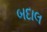
બદાલ